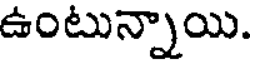
ఉంటున్నాయి.